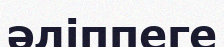
әліппеге